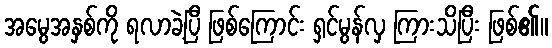
အမွေအနှစ်ကို ရလာခဲ့ပြီ ဖြစ်ကြောင်း ရှင်မွန်လှ ကြားသိပြီး ဖြစ်၏။